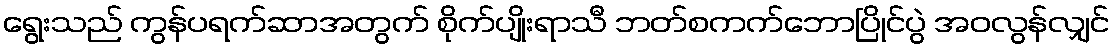
ရွေးသည် ကွန်ပရက်ဆာအတွက် စိုက်ပျိုးရာသီ ဘတ်စကက်ဘောပြိုင်ပွဲ အဝလွန်လျှင်